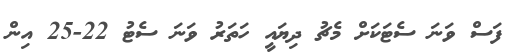
ފަސް ވަނަ ސެޓަކަށް މެޗު ދިޔައީ ހަތަރު ވަނަ ސެޓު 22-25 އިން